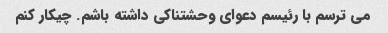
می ترسم با رئیسم دعوای وحشتناکی داشته باشم. چیکار کنم